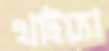
খাইয়্যা